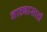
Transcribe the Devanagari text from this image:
नाट्यासाठी